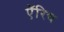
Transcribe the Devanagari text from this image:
ऍरिच